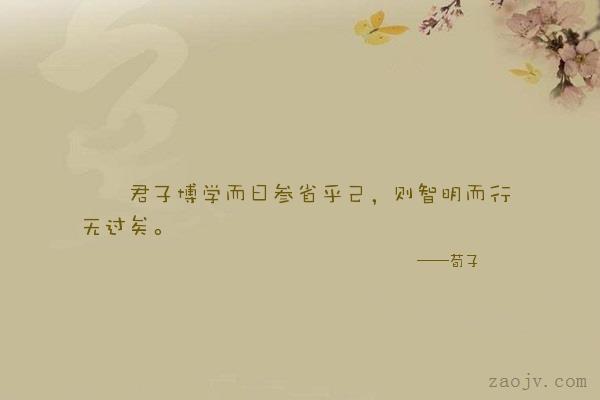
君子博学而日参省乎己，则知明而行无过矣。